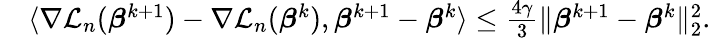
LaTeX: \begin{array}{rl}&{\langle\nabla{\mathcal L}_{n}({\boldsymbol{\beta}}^{k+1})-\nabla{\mathcal L}_{n}({\boldsymbol{\beta}}^{k}),{\boldsymbol{\beta}}^{k+1}-{\boldsymbol{\beta}}^{k}\rangle\leq\frac{4\gamma}{3}\| {\boldsymbol{\beta}}^{k+1}-{\boldsymbol{\beta}}^{k}\| _{2}^{2}.}\end{array}